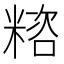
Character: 𥻓